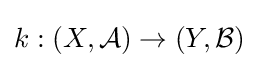
k:(X,{\mathcal {A}})\to (Y,{\mathcal {B}})